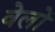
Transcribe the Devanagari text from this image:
वेलों